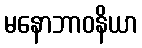
မနောဘာဝနိယာ